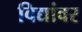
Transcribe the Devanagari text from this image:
विद्यांवर